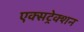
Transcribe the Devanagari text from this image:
एक्सट्रेक्शन